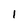
Character: 1